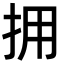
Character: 拥